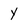
Character: Y